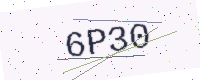
Text: 6P30